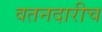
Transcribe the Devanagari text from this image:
वतनदारीच